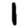
Digit: 1